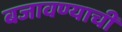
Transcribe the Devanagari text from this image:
बजावण्याची